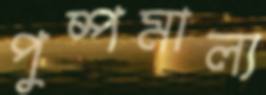
পুষ্পমাল্য